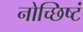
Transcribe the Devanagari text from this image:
नोच्छिष्टं